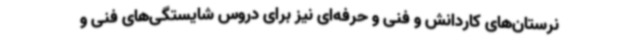
نرستان‌های کاردانش و فنی و حرفه‌ای نیز برای دروس شایستگی‌های فنی و